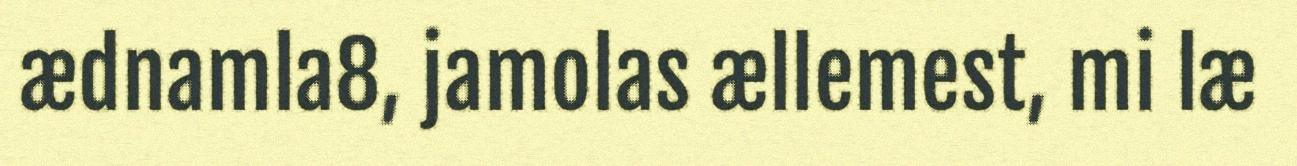
ædnamla8, jamolas ællemest, mi læ